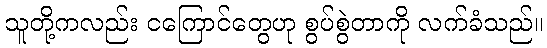
သူတို့ကလည်း ငကြောင်တွေဟု စွပ်စွဲတာကို လက်ခံသည်။